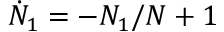
\dot { N } _ { 1 } = - { N _ { 1 } } / { N } + 1